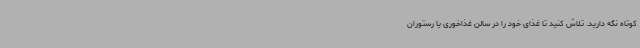
کوتاه نگه دارید. تلاش کنید تا غذای خود را در سالن غذاخوری یا رستوران